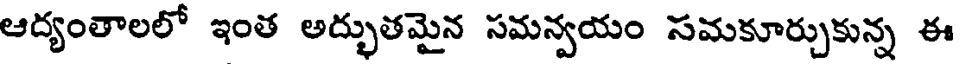
ఆద్యంతాలలో ఇంత అద్భుతమైన సమన్వయం సమకూర్చుకున్న ఈ